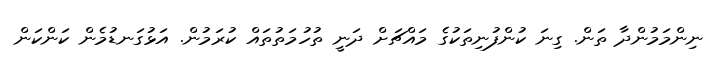
ނިންމަމުންދާ ތަން. ގިނަ ކުންފުނިތަކުގެ މައްޗަށް ދަނީ ތުހުމަތުތައް ކުރަމުން. އަޅުގަނޑުމެން ކަންކަން